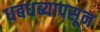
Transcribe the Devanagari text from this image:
धबधब्यापसून